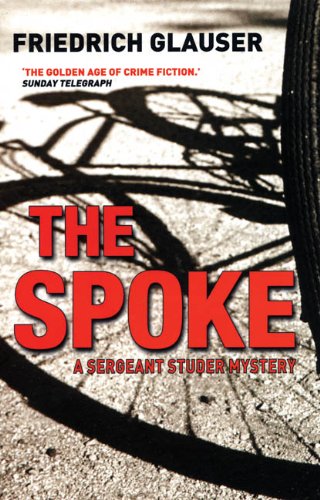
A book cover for The Spoke: A Sergeant Studer Mystery; Friedrich Glauser; Travel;